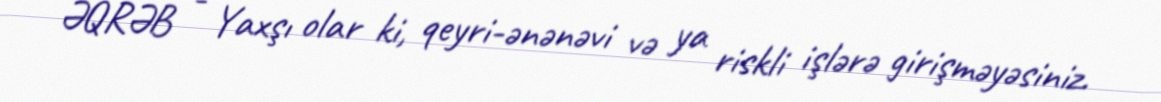
ƏQRƏB - Yaxşı olar ki, qeyri-ənənəvi və ya riskli işlərə girişməyəsiniz.